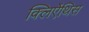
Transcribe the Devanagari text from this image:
क्लिऐंथिस